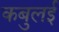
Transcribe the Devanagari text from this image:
कबुलई